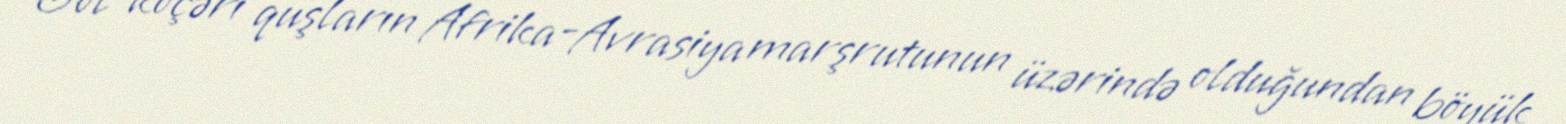
Göl köçəri quşların Afrika-Avrasiya marşrutunun üzərində olduğundan böyük